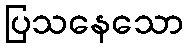
ပြသနေသော